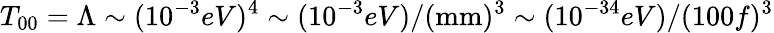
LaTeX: T_{00}=\Lambda\sim(10^{-3}eV)^{4}\sim(10^{-3}eV)/(\mathrm{mm})^{3}\sim(10^{-34}eV)/(100f)^{3}